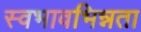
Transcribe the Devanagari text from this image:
स्वभावभिन्नता